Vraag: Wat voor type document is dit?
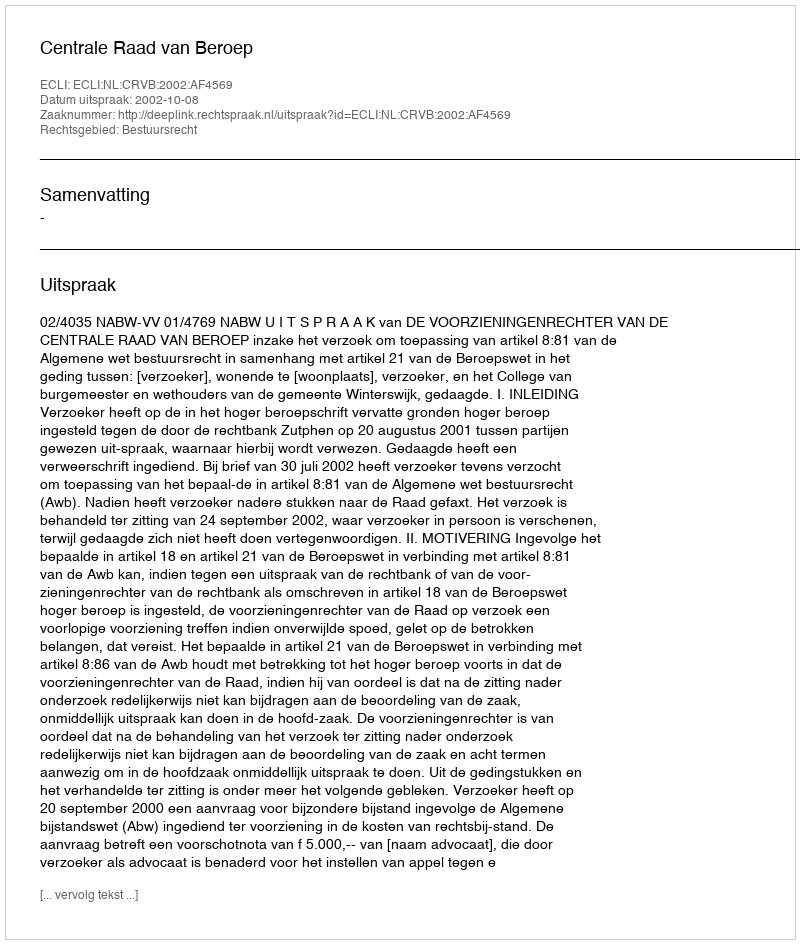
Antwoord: Uitspraak